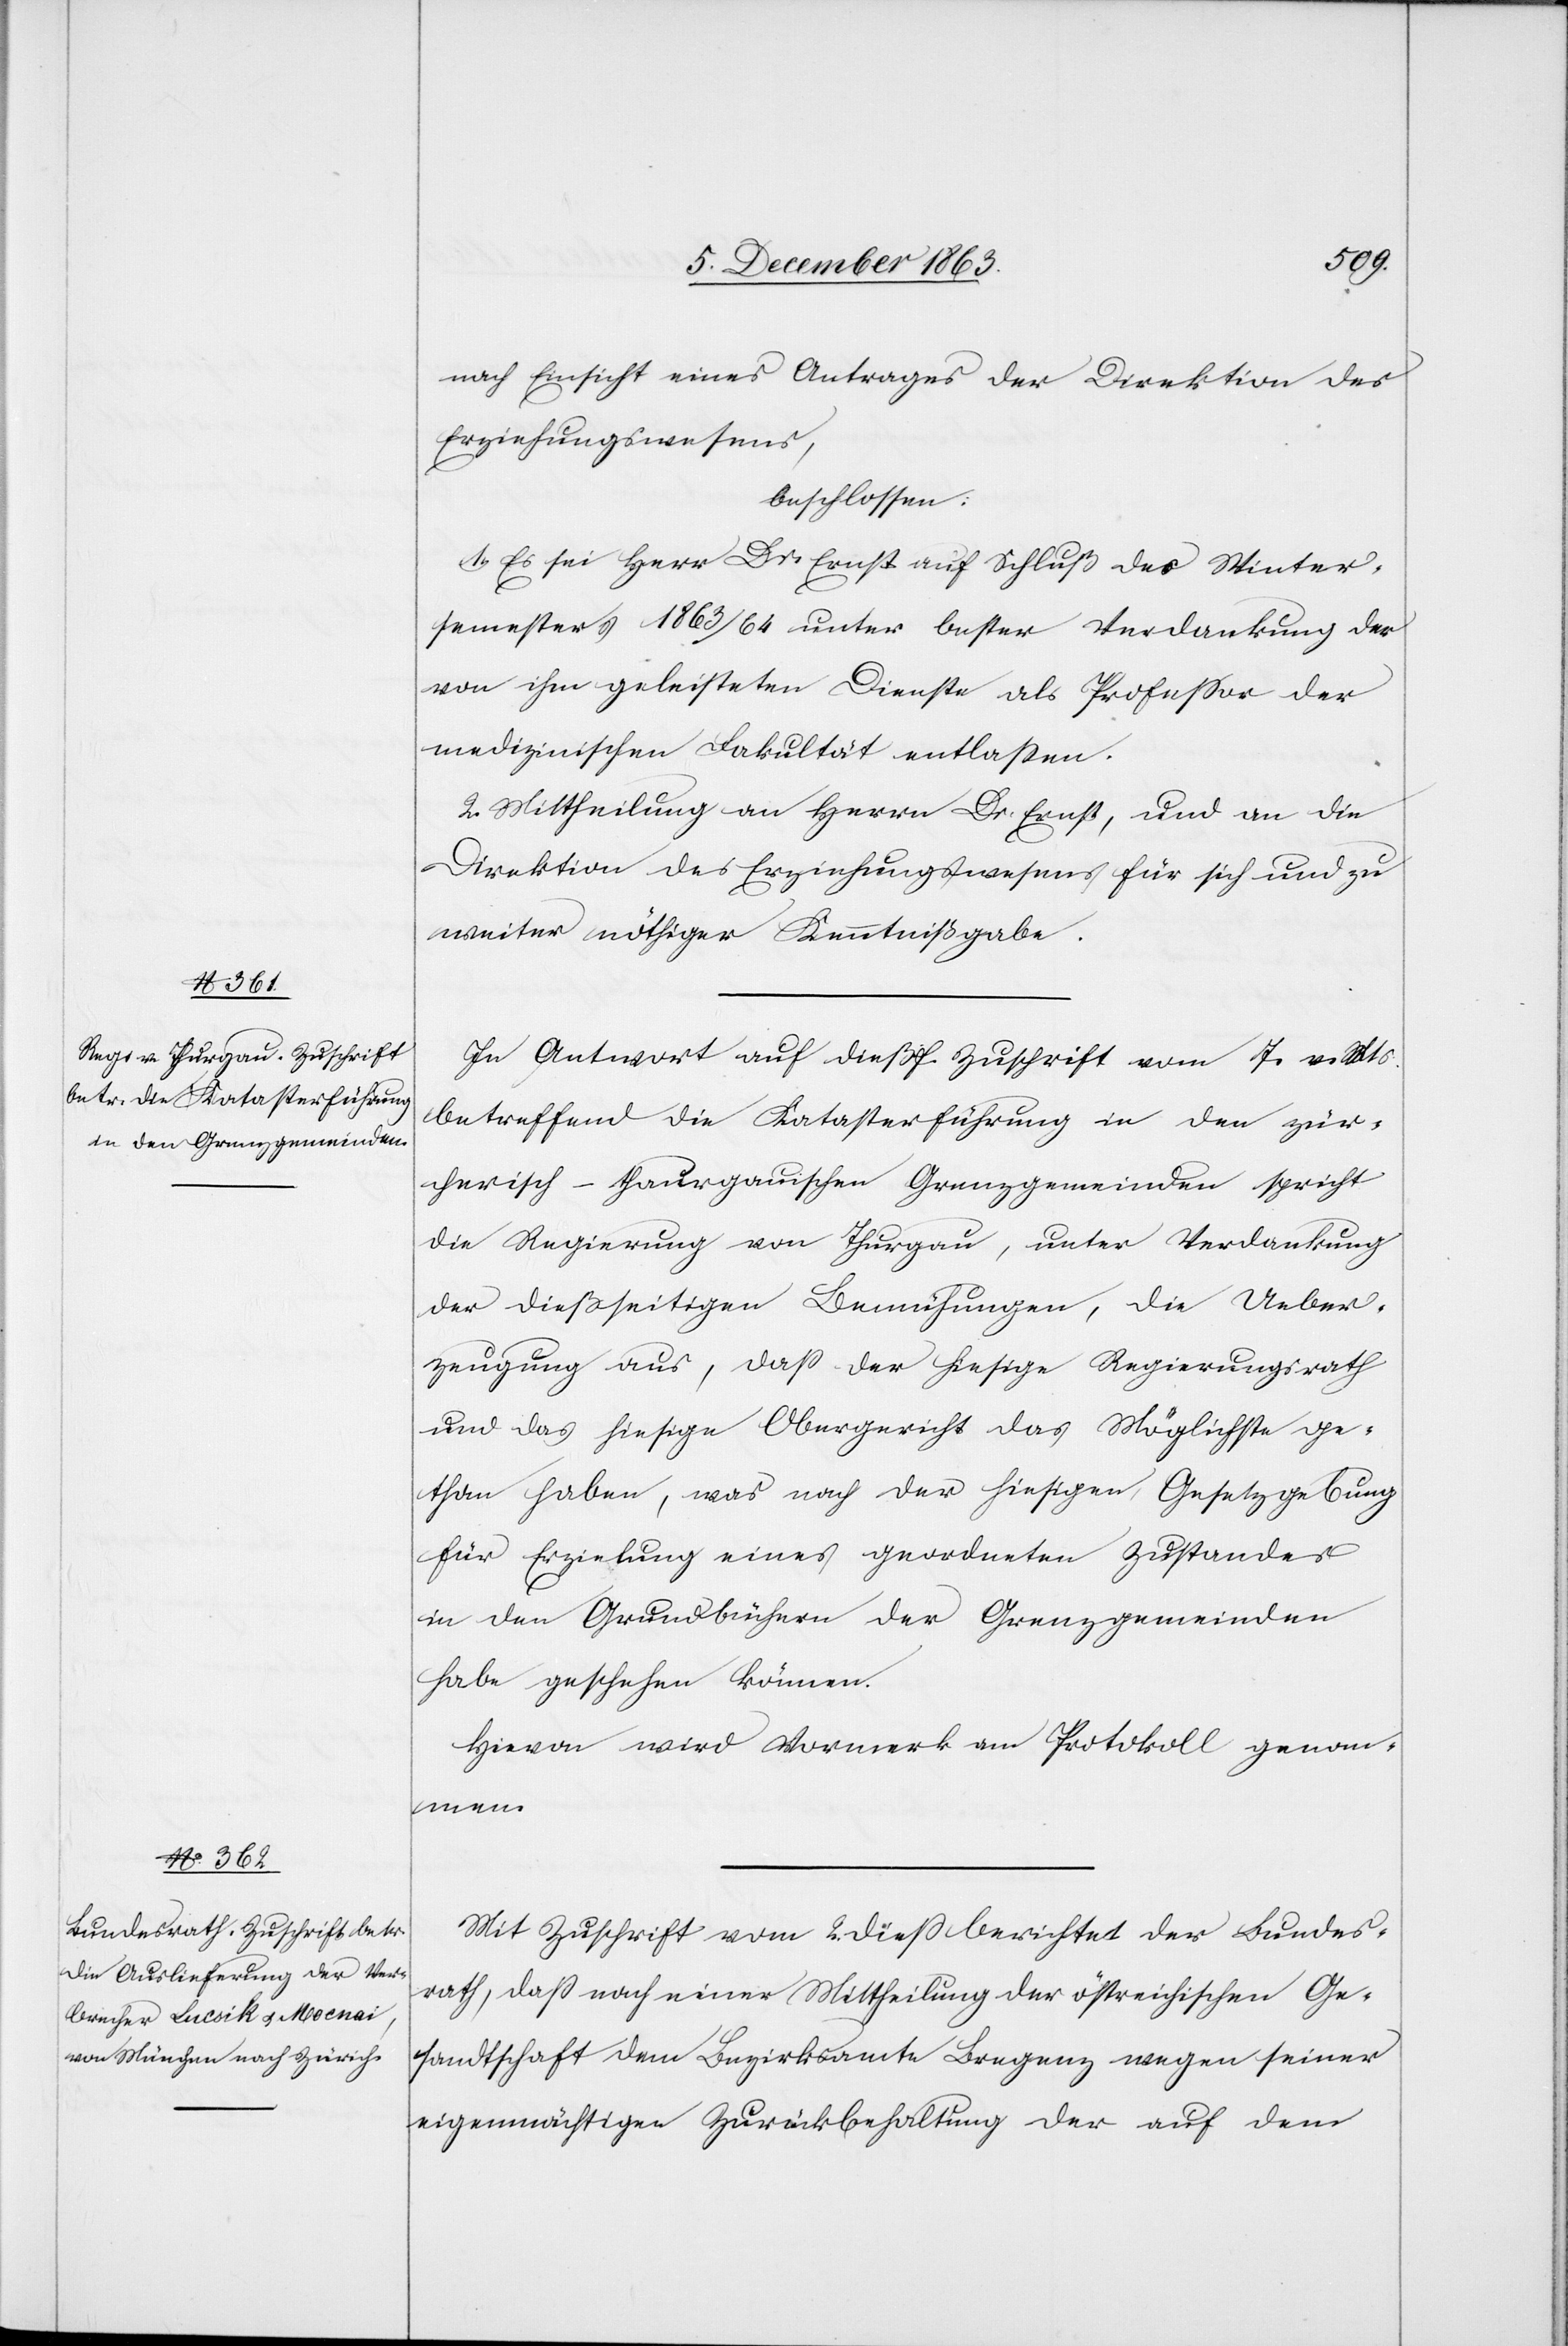
nach Einsicht eines Antrages der Direktion des
Erziehungswesens,
beschlossen:
1. Es sei Herr Dr. Ernst auf Schluß des Winter¬
semesters 1863/4 unter bester Verdankung der
von ihm geleisteten Dienste als Professor der
medizinischen Fakultät entlassen.
2. Mittheilung an Herrn Dr. Ernst, und an die
Direktion des Erziehungswesens für sich und zu
weiter nöthiger Kenntnißgabe.
In Antwort auf dießf. Zuschrift vom 7. v. Mts.
betreffend die Katasterführung in den zür¬
cherisch-thaurgauischen [sic!] Grenzgemeinden spricht
die Regierung von Thurgau, unter Verdankung
der dießseitigen Bemühungen, die Ueber¬
zeugung aus, dass der hiesige Regierungsrath
und das hiesige Obergericht das Möglichste ge¬
than haben, was nach der hiesigen Gesetzgebung
für Erzielung eines geordneten Zustandes
in den Grundbüchern der Grenzgemeinden
habe geschehen können.
Hievon wird Vormerk am Protokoll genom¬
men.
Mit Zuschrift vom 21. diess berichtet der Bundes¬
rath, dass nach einer Mittheilung der östreichischen Ge¬
sandtschaft dem Bezirksamte Bregenz wegen seiner
eigenmächtigen Zurückbehaltung der auf dem